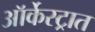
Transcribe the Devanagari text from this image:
ऑर्केस्ट्रात